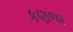
કણજા